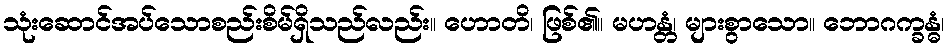
သုံးဆောင်အပ်သောစည်းစိမ်ရှိသည်လည်း။ ဟောတိ၊ ဖြစ်၏။ မဟန္တံ၊ များစွာသော။ ဘောဂက္ခန္ဓံ၊